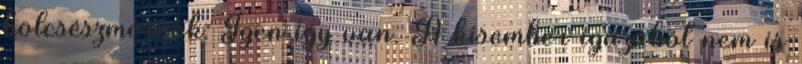
bölcsészmérnök: Igen igy van. A kisember igazából nem is